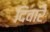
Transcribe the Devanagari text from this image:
दिवारे